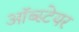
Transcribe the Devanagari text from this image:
ऑब्स्टेयर